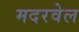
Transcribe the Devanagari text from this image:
मदरवेल